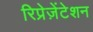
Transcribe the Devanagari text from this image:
रिप्रेज़ेंटेशन